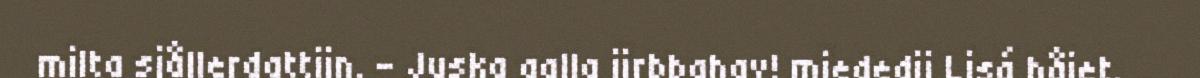
milta sjållerdattijn. – Juska galla jirbbahav! miededij Lisá håjet.